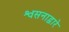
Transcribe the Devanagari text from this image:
श्वसनाद्वारे